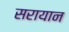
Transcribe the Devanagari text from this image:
सरायान